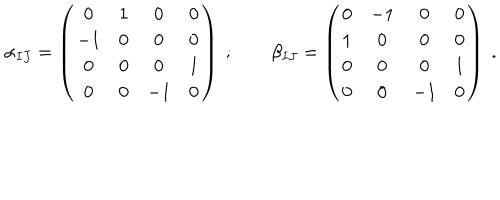
\alpha _ { I J } = \left( \begin{matrix} { { 0 } } & { { 1 } } & { { 0 } } & { { 0 } } \\ { { - 1 } } & { { 0 } } & { { 0 } } & { { 0 } } \\ { { 0 } } & { { 0 } } & { { 0 } } & { { 1 } } \\ { { 0 } } & { { 0 } } & { { - 1 } } & { { 0 } } \\ \end{matrix} \right) \ ; \qquad \beta _ { I J } = \left( \begin{matrix} { { 0 } } & { { - 1 } } & { { 0 } } & { { 0 } } \\ { { 1 } } & { { 0 } } & { { 0 } } & { { 0 } } \\ { { 0 } } & { { 0 } } & { { 0 } } & { { 1 } } \\ { { 0 } } & { { 0 } } & { { - 1 } } & { { 0 } } \\ \end{matrix} \right) \ .